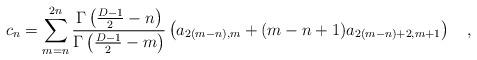
LaTeX: \begin{align*}c_n=\sum_{m=n}^{2n}{\Gamma\left({D-1 \over 2}-n\right) \over \Gamma\left({D-1 \over 2}-m\right)}\left(a_{2(m-n),m}+(m-n+1)a_{2(m-n)+2,m+1}\right)~~~,\end{align*}